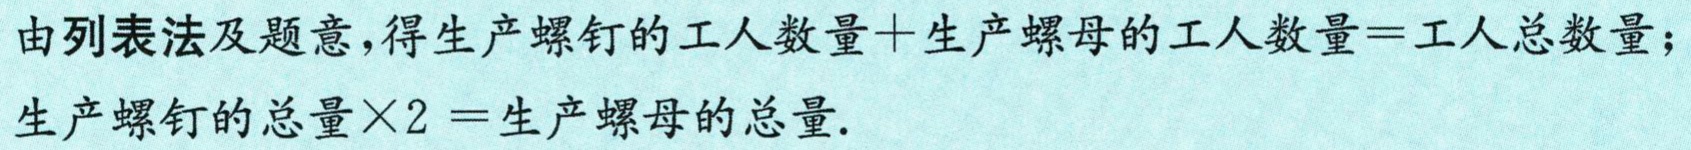
由列表法及题意，得生产螺钉的工人数量+生产螺母的工人数量=工人总数量；

生产螺钉的总量\times 2 =生产螺母的总量.